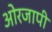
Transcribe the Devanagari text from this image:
ओरजापी